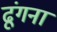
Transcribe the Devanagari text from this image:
ढूंगना